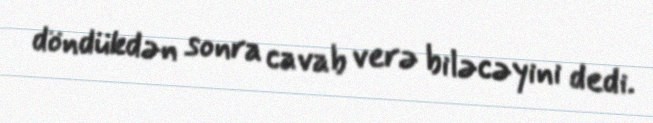
döndükdən sonra cavab verə biləcəyini dedi.